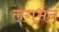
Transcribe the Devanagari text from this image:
लगभन